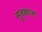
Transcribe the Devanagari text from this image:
सुतकात